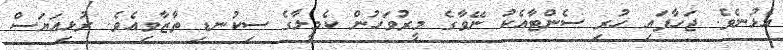
އެޅުނެވެ. ޖަހާފައި ހުރި ސެންޓާއެކު ނޭވާގެ މީރުވަހުން ކެމީލާގެ ސިކުނޑި ތާޒާވިއެވެ. ރުޅިއަޔަސް